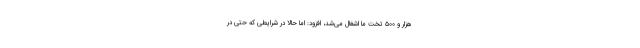
هزار و ۵۰۰ تخت ما اشغال می‌شد، افزود: اما حالا در شرایطی که حتی در